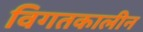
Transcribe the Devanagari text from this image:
विगतकालीन